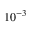
1 0 ^ { - 3 }